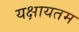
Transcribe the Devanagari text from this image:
यक्षायतम